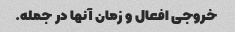
خروجی افعال و زمان آنها در جمله.